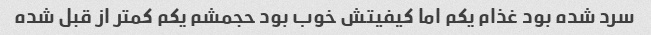
سرد شده بود غذام یکم اما کیفیتش خوب بود حجمشم یکم کمتر از قبل شده